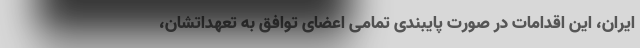
ایران، این اقدامات در صورت پایبندی تمامی اعضای توافق به تعهداتشان،